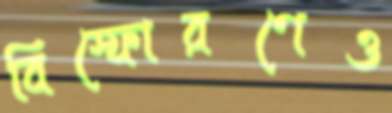
বিস্ফোরণেও